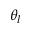
\theta _ { l }